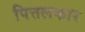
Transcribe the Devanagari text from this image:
पित्तलकार